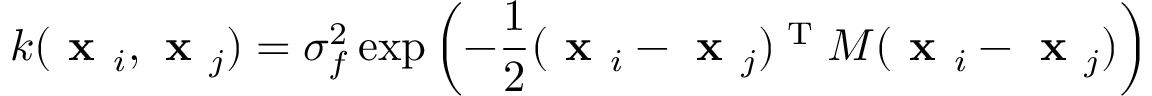
k ( \textbf { x } _ { i } , \textbf { x } _ { j } ) = \sigma _ { f } ^ { 2 } \exp \left( - \frac { 1 } { 2 } ( \textbf { x } _ { i } - \textbf { x } _ { j } ) ^ { \textrm { T } } M ( \textbf { x } _ { i } - \textbf { x } _ { j } ) \right)